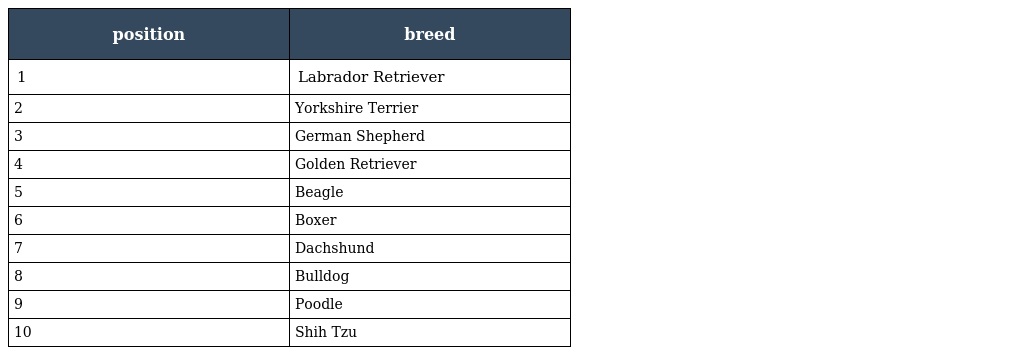
| position | breed |
 | --- | --- |
 | 1 | Labrador Retriever |
 | 2 | Yorkshire Terrier |
 | 3 | German Shepherd |
 | 4 | Golden Retriever |
 | 5 | Beagle |
 | 6 | Boxer |
 | 7 | Dachshund |
 | 8 | Bulldog |
 | 9 | Poodle |
 | 10 | Shih Tzu |